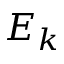
E _ { k }